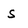
Character: S